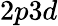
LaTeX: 2p3d